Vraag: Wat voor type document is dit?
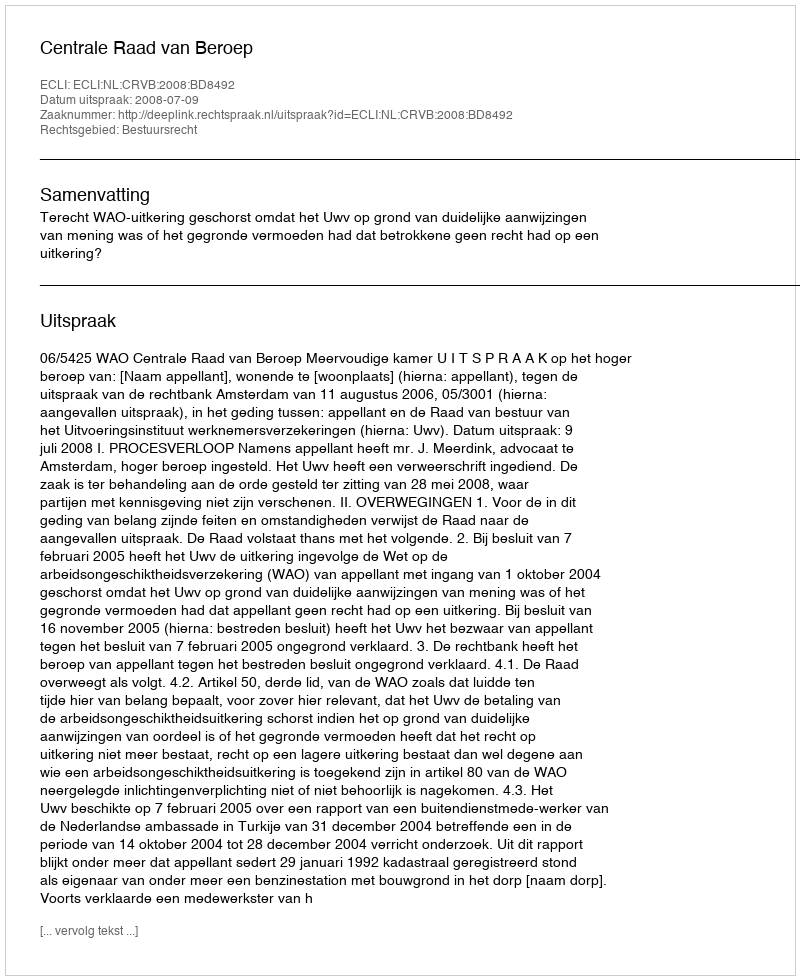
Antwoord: Uitspraak